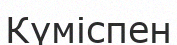
Күміспен